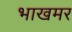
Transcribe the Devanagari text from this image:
भाखमर